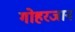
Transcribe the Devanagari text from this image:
गोहरजान